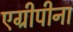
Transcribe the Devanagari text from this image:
एग्रीपीना